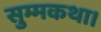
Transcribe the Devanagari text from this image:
सुम्मकथा।